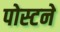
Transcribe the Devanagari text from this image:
पोस्टने